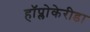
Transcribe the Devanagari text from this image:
हॉप्लोकेरीडा